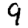
Digit: 9